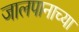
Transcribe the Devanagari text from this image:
जालपानाच्या